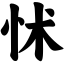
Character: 怵